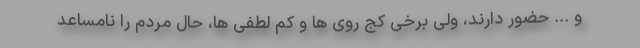
و ... حضور دارند، ولی برخی کج روی ها و کم لطفی ها، حال مردم را نامساعد